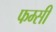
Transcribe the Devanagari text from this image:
फम्सी